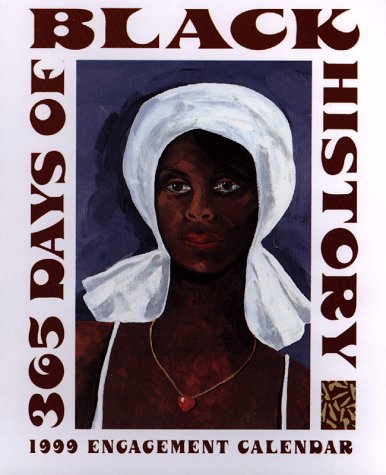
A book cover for Cal 99 365 Days of Black History; Pomegranate Publishers; Calendars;